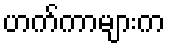
ဟက်ကာများက